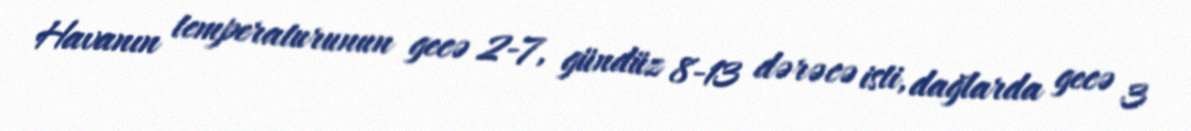
Havanın temperaturunun gecə 2-7, gündüz 8-13 dərəcə isti, dağlarda gecə 3